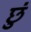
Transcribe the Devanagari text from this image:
छुं